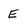
Character: E